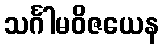
သင်္ဂါမဝိဇယေန